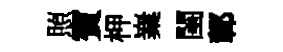
照賓柙嶪閨鄣